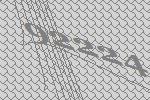
92224